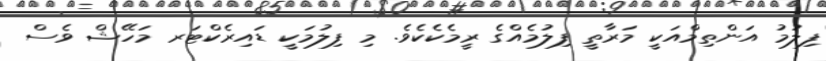
ފިލުމު އަންތިމްއަކީ މަރާތީ ފިލުމެއްގެ ރީމެކެކެވެ. މި ފިލުމަކީ ޑައިރެކްޓަރ މަހޭޝް ވެސް